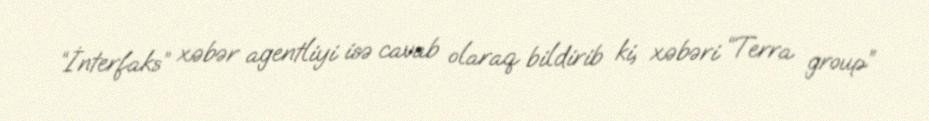
“İnterfaks” xəbər agentliyi isə cavab olaraq bildirib ki, xəbəri “Terra group”